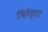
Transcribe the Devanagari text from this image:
चिरेट्टा